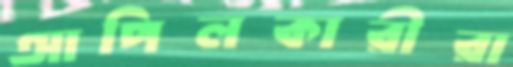
আপিলকারীরা